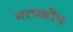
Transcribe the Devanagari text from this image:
नरभक्षीय